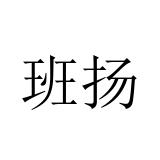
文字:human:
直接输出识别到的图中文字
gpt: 班扬